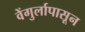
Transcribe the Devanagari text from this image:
वेंगुर्लापासून